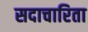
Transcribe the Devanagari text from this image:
सदाचारिता